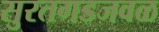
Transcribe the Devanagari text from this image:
सुरतगडजवळ